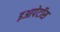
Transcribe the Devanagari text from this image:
इआपेटॉस